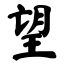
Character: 望